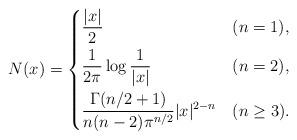
LaTeX: \begin{align*} N(x) = \begin{dcases} \frac{|x|}{2} &(n=1),\\ \frac{1}{2\pi} \log \frac{1}{|x|} &(n=2),\\ \frac{\Gamma(n/2+1)}{n(n-2)\pi^{n/2}} |x|^{2-n} &(n\ge 3). \end{dcases}\end{align*}